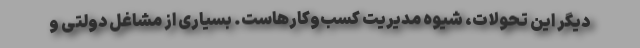
دیگر این تحولات، شیوه مدیریت کسب‌وکارهاست. بسیاری از مشاغل دولتی و